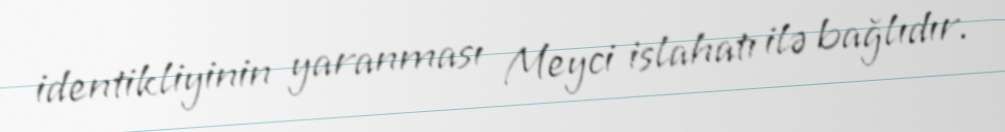
identikliyinin yaranması Meyci islahatı ilə bağlıdır.